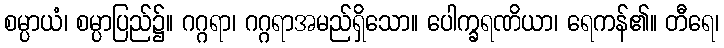
စမ္ပာယံ၊ စမ္ပာပြည်၌။ ဂဂ္ဂရာ၊ ဂဂ္ဂရာအမည်ရှိသော။ ပေါက္ခရဏိယာ၊ ရေကန်၏။ တီရေ၊